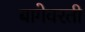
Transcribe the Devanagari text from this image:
बागेवरती